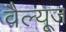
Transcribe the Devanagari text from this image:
वैल्यूज